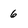
Character: 6